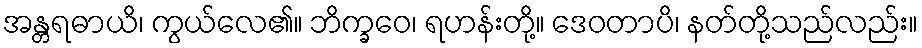
အန္တရဓာယိ၊ ကွယ်လေ၏။ ဘိက္ခဝေ၊ ရဟန်းတို့။ ဒေဝတာပိ၊ နတ်တို့သည်လည်း။